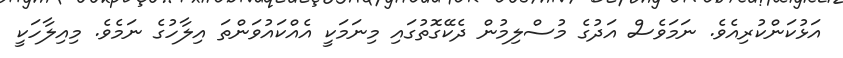
އަޅުކަންކުރިއެވެ. ނަމަވެސް އަދުގެ މުސްލިމުން ދެކޭގޮތުގައި މިނަމަކީ އެއްކައުވަންތަ އިލާހުގެ ނަމެވެ. މިއިލާހަކީ